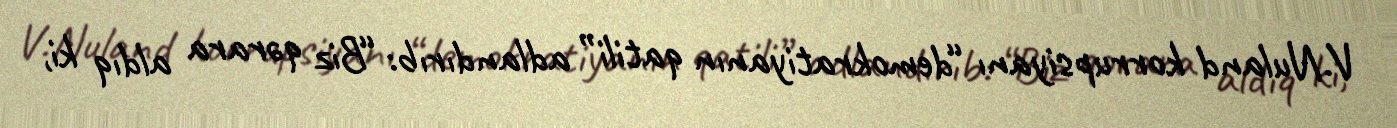
V.Nuland korrupsiyanı “demokratiyanın qatili” adlandırıb: “Biz qərara aldıq ki,